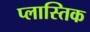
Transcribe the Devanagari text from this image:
प्लास्तिक